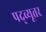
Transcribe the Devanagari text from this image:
पद्व्यूत्तर